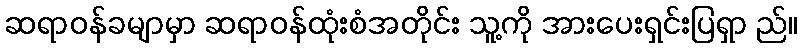
ဆရာဝန်ခမျာမှာ ဆရာဝန်ထုံးစံအတိုင်း သူ့ကို အားပေးရှင်းပြရှာ ည်။